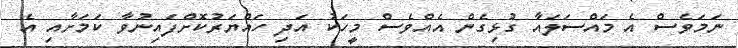
ނަމަވެސް އެ މައްސަލައާ ގުޅިގެން އެއްވެސް މީހަކު އަދި ހައްޔަރުކޮށްފައިނުވާ ކަމަށާއި އެ